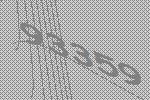
93359